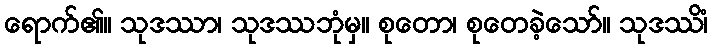
ရောက်၏။ သုဒဿာ၊ သုဒဿဘုံမှ။ စုတော၊ စုတေခဲ့သော်။ သုဒဿိံ၊